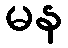
မန